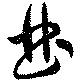
曲